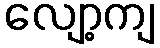
လျော့ကျ